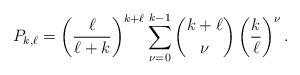
LaTeX: \begin{align*}P_{k, \ell} = \left(\frac{\ell}{\ell+k}\right)^{k+\ell}\sum_{\nu=0}^{k-1}\binom{k+\ell}{\nu}\left(\frac{k}{\ell}\right)^\nu.\end{align*}